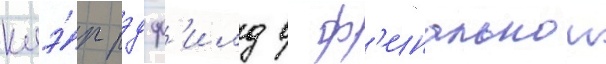
клэ́р рэдф'илд в ф'инальнои